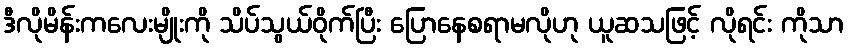
ဒီလိုမိန်းကလေးမျိုးကို သိပ်သွယ်ဝိုက်ပြီး ပြောနေစရာမလိုဟု ယူဆသဖြင့် လိုရင်း ကိုသာ